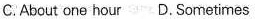
C. About one hour D. Sometimes